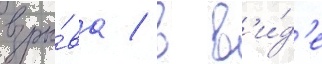
взры́ва / в в'и́д'е